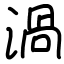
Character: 渦